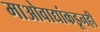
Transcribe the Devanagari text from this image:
माओवाद्यांकडूनही